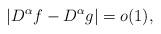
LaTeX: \begin{align*}|D^\alpha f-D^\alpha g|=o(1),\end{align*}